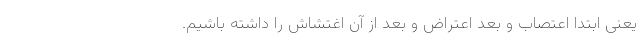
یعنی ابتدا اعتصاب و بعد اعتراض و بعد از آن اغتشاش را داشته باشیم.